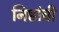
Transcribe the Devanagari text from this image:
निष्ठांची